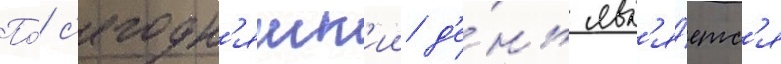
По́ с'егодн'яшн'ии д'е́нь явл'я́етс'я